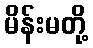
မိန်းမတို့